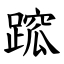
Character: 䠚